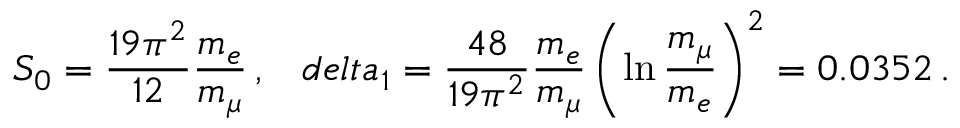
S _ { 0 } = \frac { 1 9 \pi ^ { 2 } } { 1 2 } \frac { m _ { e } } { m _ { \mu } } \, , \ \ \, d e l t a _ { 1 } = \frac { 4 8 } { 1 9 \pi ^ { 2 } } \frac { m _ { e } } { m _ { \mu } } \left( \ln \frac { m _ { \mu } } { m _ { e } } \right) ^ { 2 } = 0 . 0 3 5 2 \, .